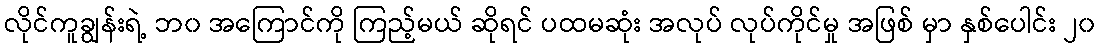
လိုင်ကူချွန်းရဲ့ ဘ၀ အကြောင်ကို ကြည့်မယ် ဆိုရင် ပထမဆုံး အလုပ် လုပ်ကိုင်မှု အဖြစ် မှာ နှစ်ပေါင်း ၂၀